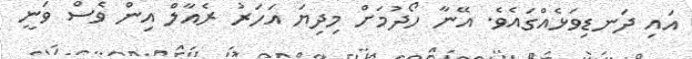
އައި ދަނޑިވަޅެއްގައެވެ. އޭނާ ހޯދުމަށް މިދިޔަ އަހަރު ރެއާލް އިން ވެސް ވަނީ